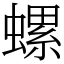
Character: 螺